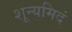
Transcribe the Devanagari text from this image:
शून्यमिदं